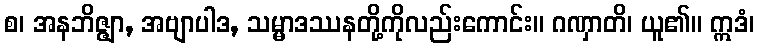
စ၊ အနဘိဇ္ဇျာ, အဗျာပါဒ, သမ္မာဒဿနတို့ကိုလည်းကောင်း။ ဂဏှာတိ၊ ယူ၏။ ဣဒံ၊